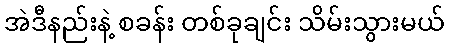
အဲဒီနည်းနဲ့ စခန်း တစ်ခုချင်း သိမ်းသွားမယ်